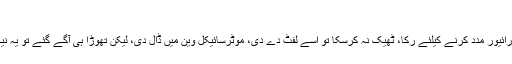
“
ہائی وے پر آدمی کی موٹرسائیکل خراب، وین ڈرائیور مدد کرنے کیلئے رُکا، ٹھیک نہ کرسکا تو اسے لفٹ دے دی، موٹرسائیکل وین میں ڈال دی، لیکن تھوڑا ہی آگے گئے تو یہ نیکی زندگی بچانے کا سبب بن گئی، مگر کیسے؟